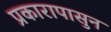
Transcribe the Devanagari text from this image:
प्रकारापासुन